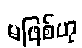
မဖြစ်ဟု